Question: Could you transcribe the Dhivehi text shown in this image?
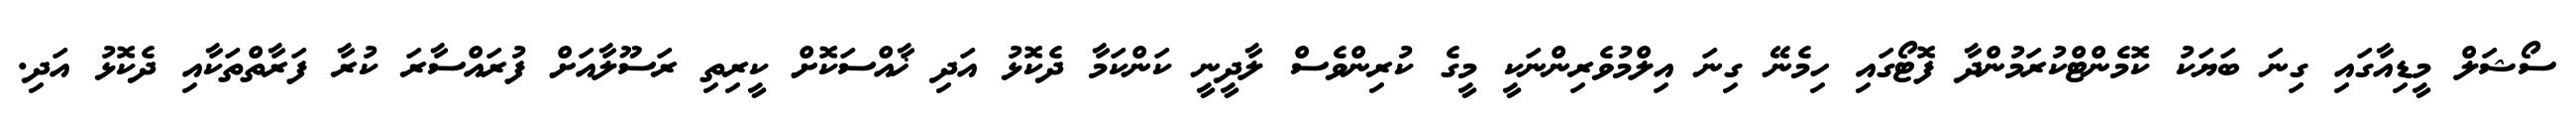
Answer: ސޯޝަލް މީޑިއާގައި ގިނަ ބަޔަކު ކޮމެންޓްކުރަމުންދާ ފޮޓޯގައި ހިމެނޭ ގިނަ އިލްމުވެރިންނަކީ މީގެ ކުރިންވެސް ލާދީނީ ކަންކަމާ ދެކޮޅު އަދި ޚާއްސަކޮށް ކީރިތި ރަސޫލާއަށް ފުރައްސާރަ ކުރާ ފަރާތްތަކާއި ދެކޮޅު އަދި.